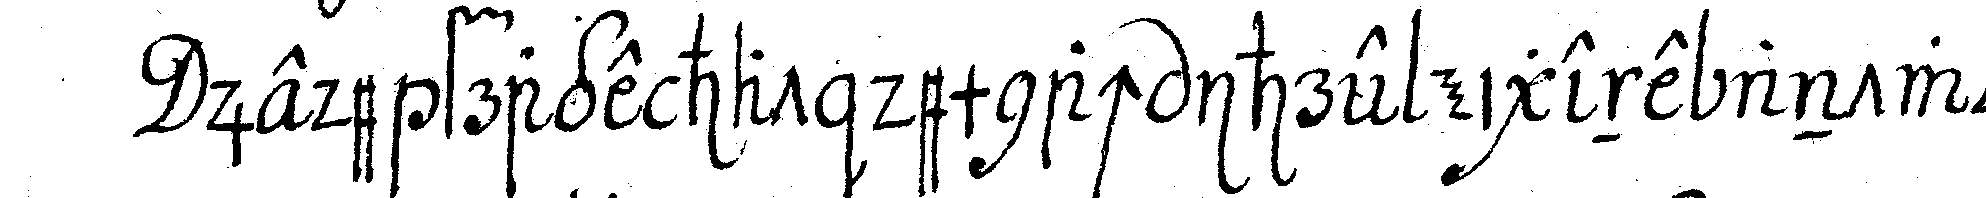
jede frage hat demnach ihre eigene antwort